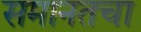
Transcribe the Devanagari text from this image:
समानतचा